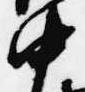
中